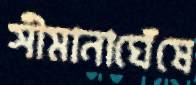
সীমানাঘেঁষে